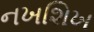
નખશિખ